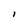
Character: I